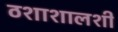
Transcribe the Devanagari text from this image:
ठशाशालशी